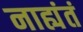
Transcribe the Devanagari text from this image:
नाह्यंतं